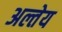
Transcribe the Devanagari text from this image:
अल्तेय